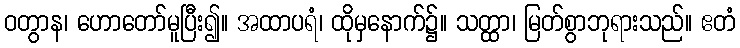
ဝတွာန၊ ဟောတော်မူပြီး၍။ အထာပရံ၊ ထိုမှနောက်၌။ သတ္ထာ၊ မြတ်စွာဘုရားသည်။ ဧတံ